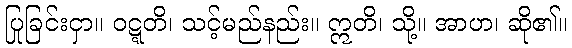
ပြုခြင်းငှာ။ ဝဋ္ဋတိ၊ သင့်မည်နည်း။ ဣတိ၊ သို့။ အာဟ၊ ဆို၏။